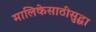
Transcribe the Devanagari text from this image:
मालिकेसाठीसुद्धा